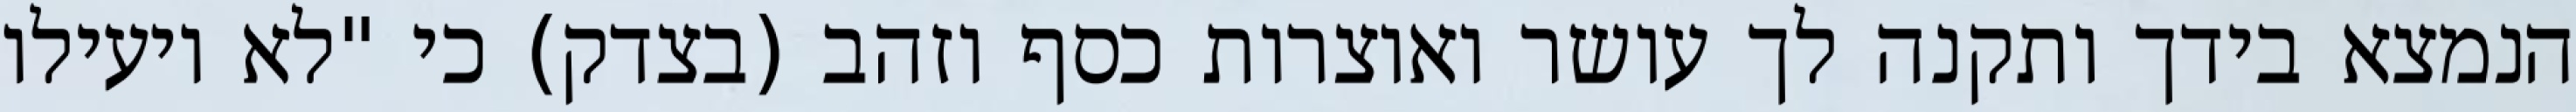
הנמצא בידך ותקנה לך עושר ואוצרות כסף וזהב (בצדק) כי "לא יועילו